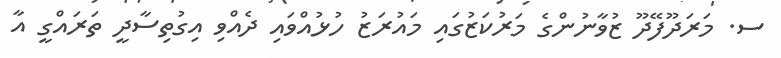
ސ. މަރަދޫފޭދޫ ޒުވާނުންގެ މަރުކަޒުގައި މައުރަޒު ހުޅުއްވައި ދެއްވި އިގުތިސާދީ ތަރައްގީ އާ